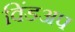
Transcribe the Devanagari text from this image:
विंडअप